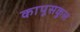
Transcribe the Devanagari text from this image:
कापूसकुल